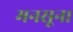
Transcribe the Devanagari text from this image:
मनसून।